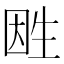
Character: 𤯠